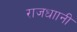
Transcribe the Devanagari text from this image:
राजधाानी